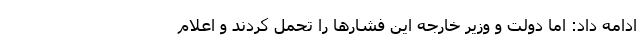
ادامه داد: اما دولت و وزیر خارجه این فشارها را تحمل کردند و اعلام